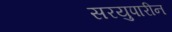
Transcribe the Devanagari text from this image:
सरयुपारीन